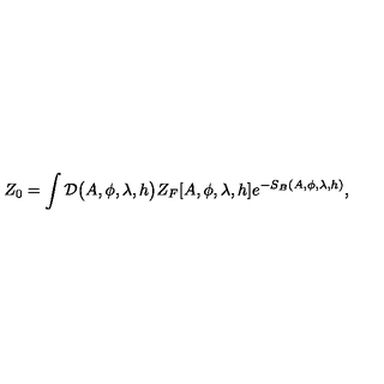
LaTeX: Z _ { 0 } = \int { \cal { D } } \big ( A , \phi , \lambda , h \big ) Z _ { F } [ A , \phi , \lambda , h ] e ^ { - S _ { B } ( A , \phi , \lambda , h ) } ,